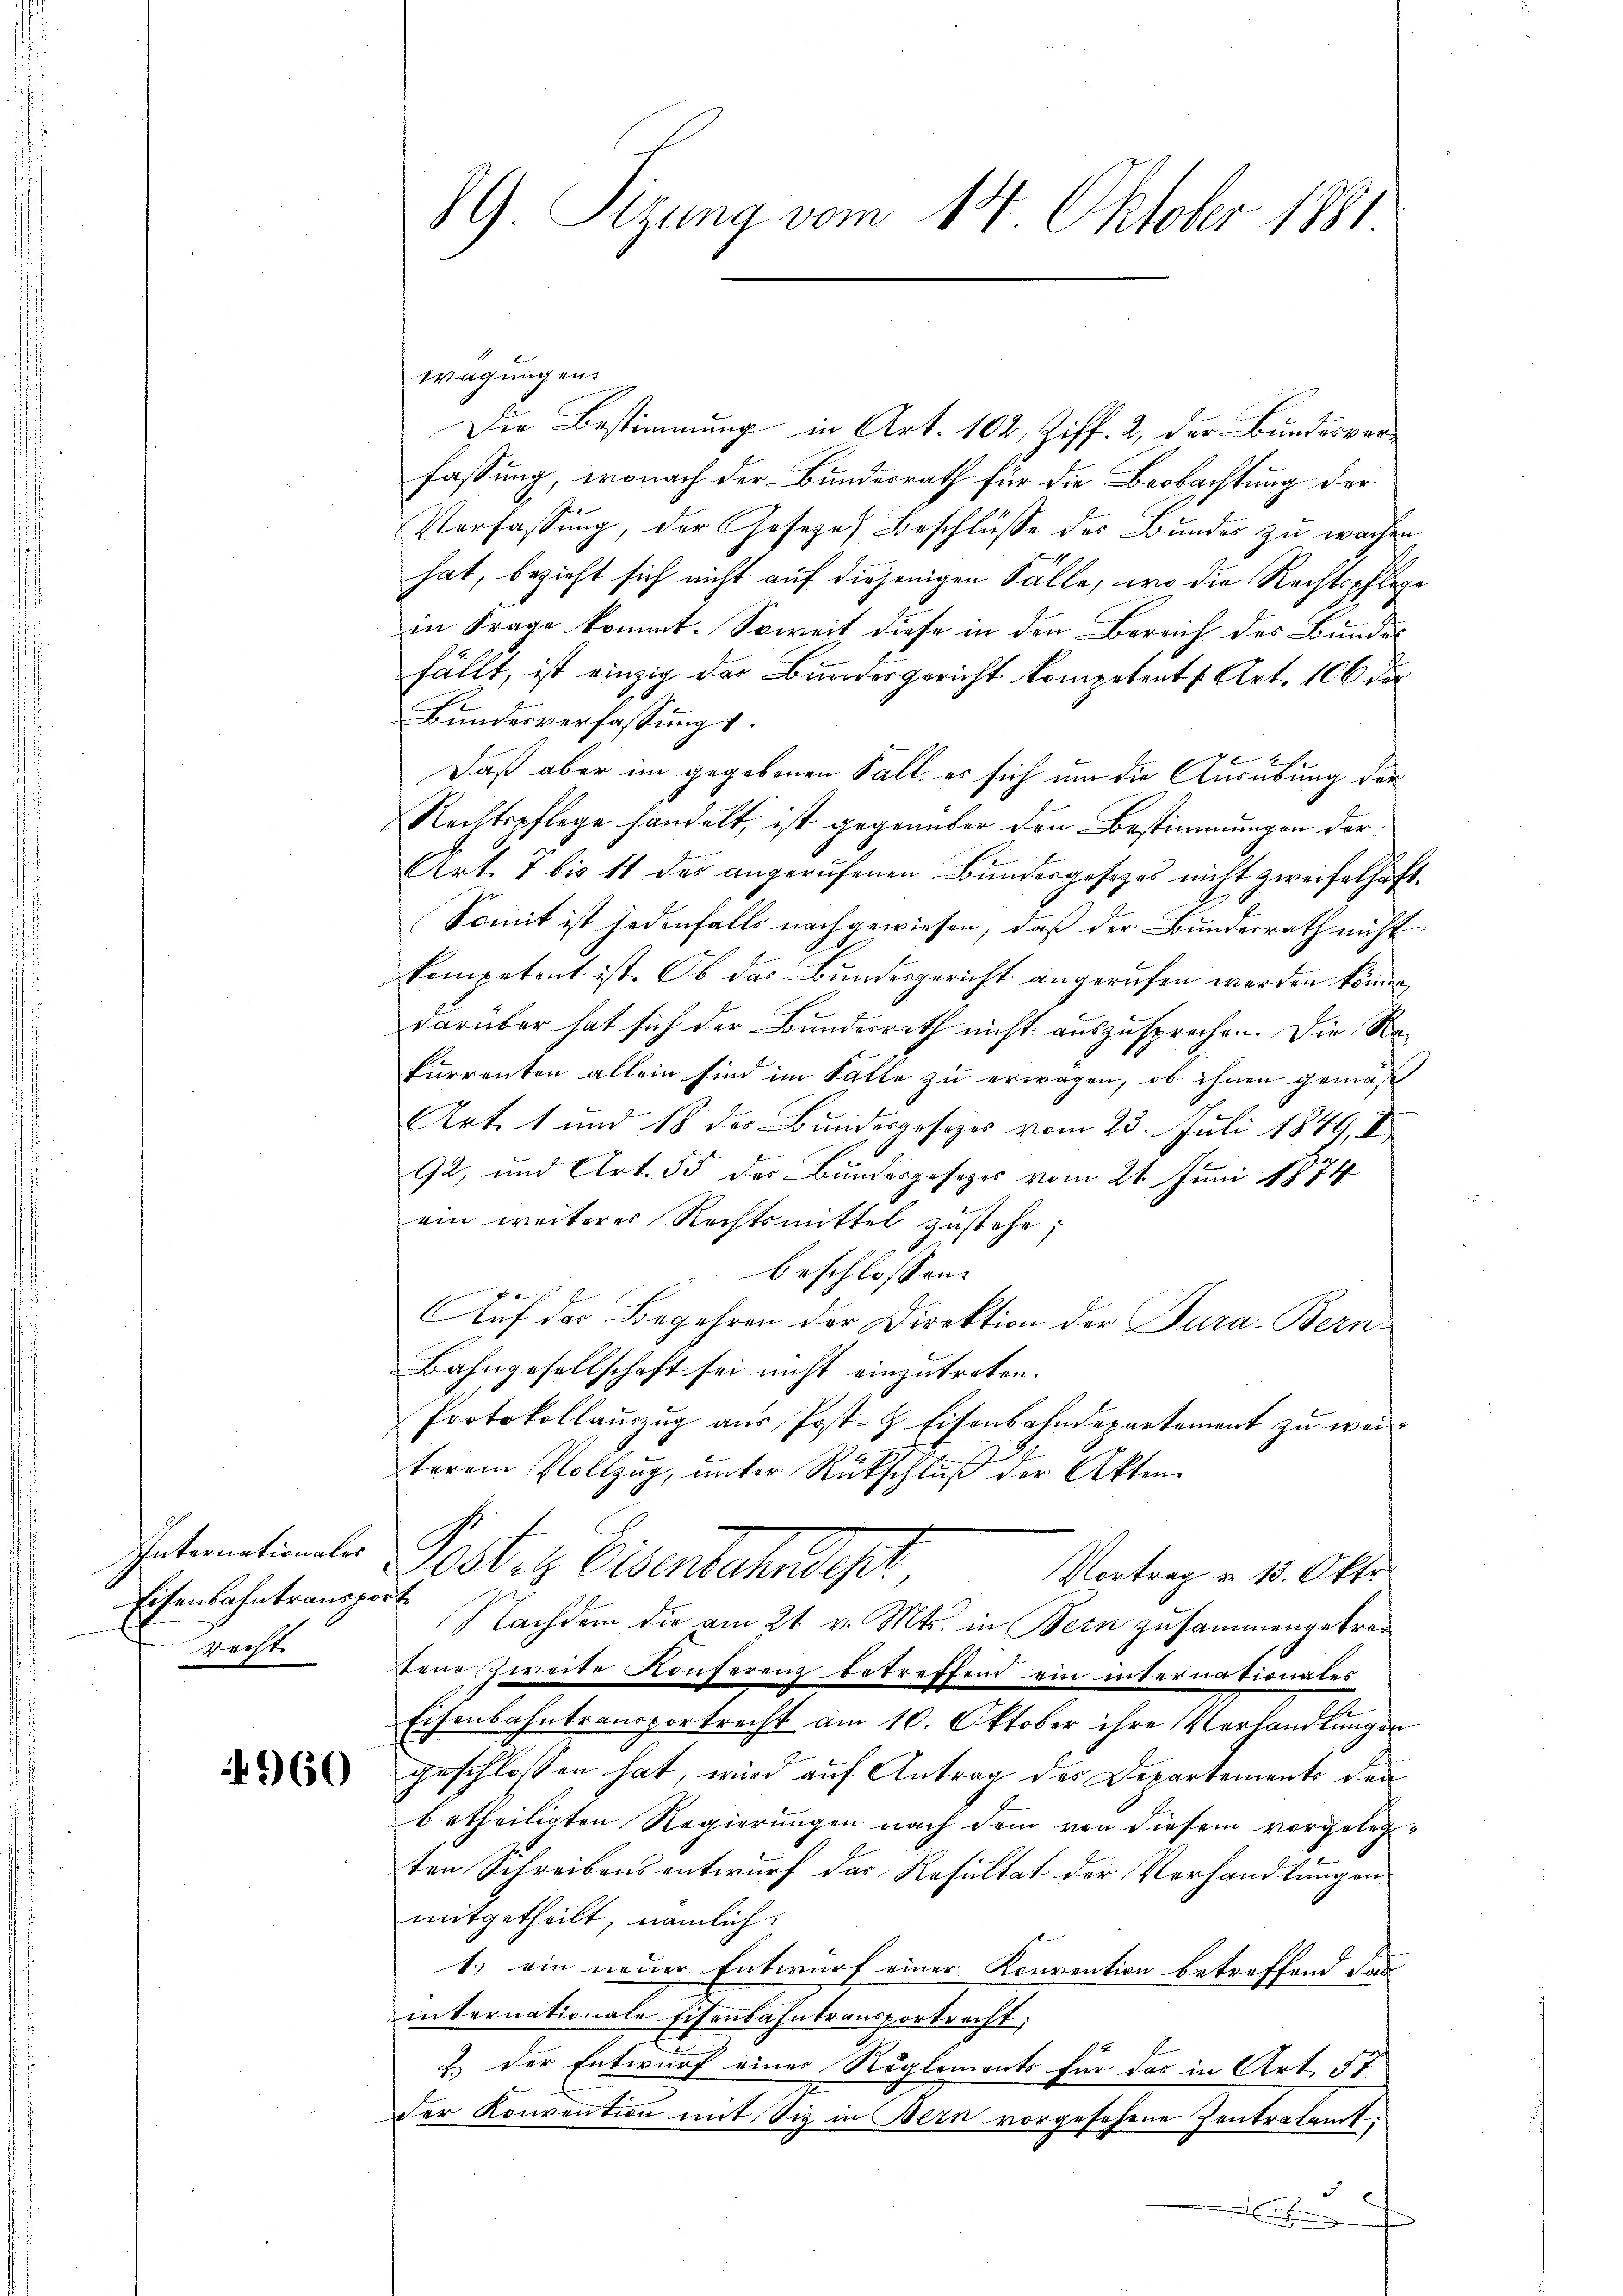
Internationales
Eisenbahntransp
recht

960

89. Sizung vom 14. Oktober 1881

Wagungens
Die Bestimmung in Art. 102, Ziff. 2, der Bundesver-
fassung, wonach der Bundesrath für die Beobachtung der
Verfassung, der Gesetze Beschlüsse des Bundes zu wachen
hat, bezieht sich nicht auf diejenigen Fälle, wo die Rechtspflegin Frage kommt. Soweit diese in den Bereich des Bundes
fällt, ist einzig der Bundesgericht kompetent s. Art. 106 der
Bundesverfassung.
2
Daß aber im gegebenen Fall es sich um die Ausübung der
Rechtspflege handelt, ist gegenüber den Bestimmungen der
Art. 7 bis 11 des angerufenen Bundesgesetzes nicht zweifelhaft
Somit ist jedenfalls nachgewiesen, daß der Bundesrath nicht
kompetent ist. Ob das Bundesgericht angerufen werden können,
darüber hat sich der Bundesrath nicht auszusprechen. Die Rekurrenten allein sind im Falle zu erwagen, ob ihnen gemäß
Art. 1 und 18 des Bundesgesetzes vom 23. Juli 1849, II
92, und Art. 55 des Bundesgesezes vom 21. Juni 1874
ain weiterer Rechtsmittel zustehe;
beschlossen:
Auf das Begehren der Direktion der Tura-Bern-
Bahngesellschaft sei nicht einzutreten.
Protokollauszug aus Post- & Eisenbahndepartement zu weiterem Vollzug, unter Rückschluß der Akten.
Posten Entscheidigt,
Vortrag u. 13. Okt.
orft
Nachdem die am 21. v. Mts. in Bern zusammengetrefene Zweite Konferenz betreffend ein internationales
Eisenbahntransportrecht am 10. Oktober ihre Verhandlungen
geschlossen hat, wird auf Antrag des Departements den
betheiligten Regierungen nach dem von diesem vorgelegten Schreibensentwurf das Resultat der Verhandlungen.
mitgetheilt, nämlich
1.) ein neuer Entwurf einer Konvention betreffend das
internationale Eisenbahntransportracht;
2.) Der Entwurf einer Reglemonts für das in Art. 57
der Konvention mit Siz in Bern vorgesehene Zentralamt,